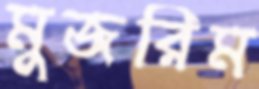
মুজরিম